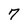
Character: 7